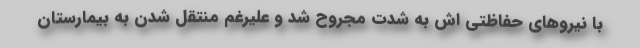
با نیروهای حفاظتی اش به شدت مجروح شد و علیرغم منتقل شدن به بیمارستان